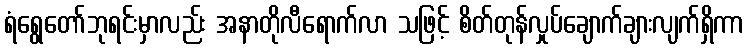
ရံရွေတော်ဘုရင်းမှာလည်း အနာတိုလီရောက်လာ သဖြင့် စိတ်တုန်လှုပ်ချောက်ချားလျက်ရှိကာ